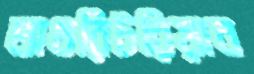
অথরিটরিয়ান